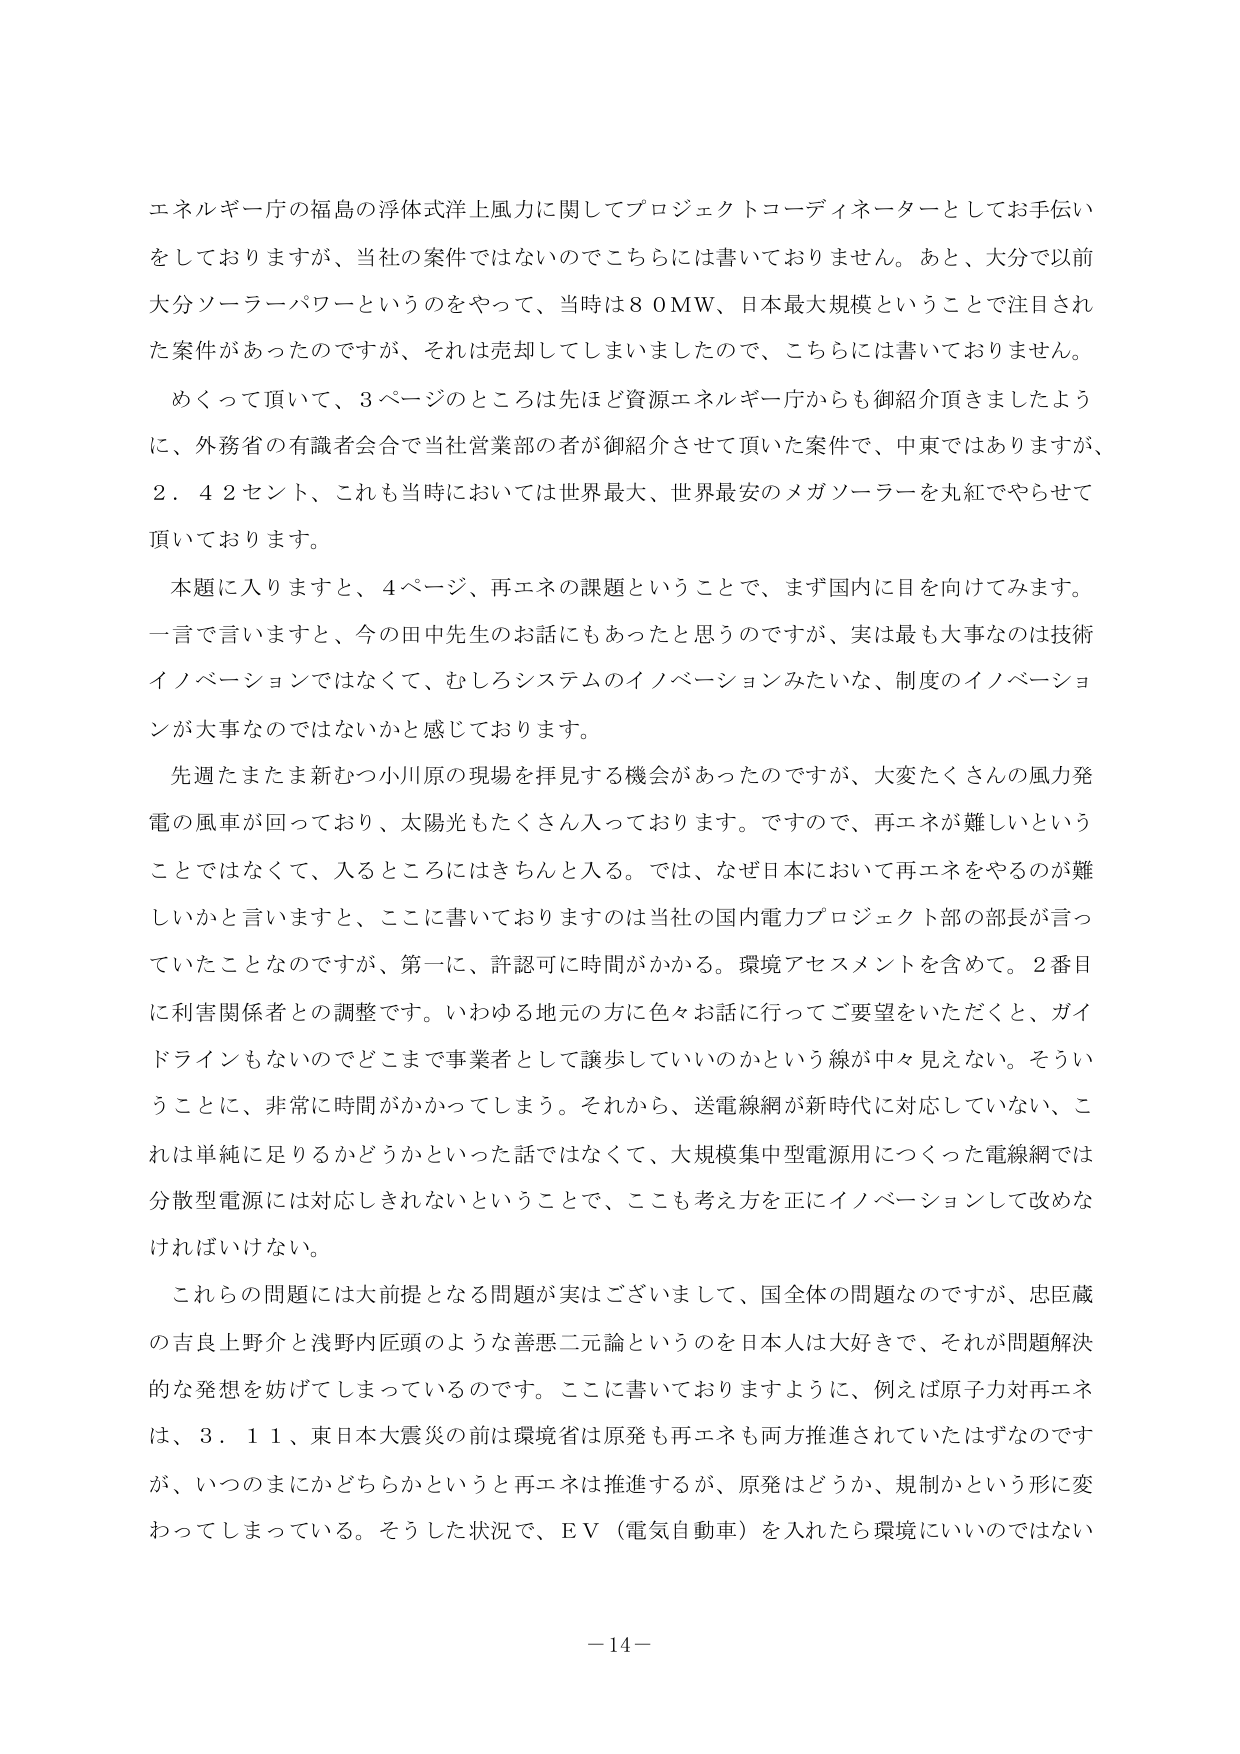
エネルギー庁の福島の浮体式洋上風力に関してプロジェクトコーディネーターとしてお手伝いをしておりますが、当社の案件ではないのでこちらには書いておりません。あと、大分で以前大分ソーラーパワーというのをやって、当時は８０ＭＷ、日本最大規模ということで注目された案件があったのですが、それは売却してしまいましたので、こちらには書いておりません。

めくって頂いて、３ページのところは先ほど資源エネルギー庁からも御紹介頂きましたように、外務省の有識者会合で当社営業部の者が御紹介させて頂いた案件で、中東ではありますが、２．４２セント、これも当時においては世界最大、世界最安のメガソーラーを丸紅でやらせて頂いております。

本題に入りますと、４ページ、再エネの課題ということで、まず国内に目を向けてみます。一言で言いますと、今の田中先生のお話にもあったと思うのですが、実は最も大事なのは技術イノベーションではなくて、むしろシステムのイノベーションみたいな、制度のイノベーションが大事なのではないかと感じております。

先週たまたま新むつ小川原の現場を拝見する機会があったのですが、大変たくさんの風力発電の風車が回っており、太陽光もたくさん入っております。ですので、再エネが難しいということではなくて、入るところにはきちんと入る。では、なぜ日本において再エネをやるのが難しいかと言いますと、ここに書いておりますのは当社の国内電力プロジェクト部の部長が言っていたことなのですが、第一に、許認可に時間がかかる。環境アセスメントを含めて。２番目に利害関係者との調整です。いわゆる地元の方に色々お話に行ってご要望をいただくと、ガイドラインもないのどこまで事業者として譲歩していいのかという線が中々見えない。そういうことに、非常に時間がかかってしまう。それから、送電線網が新時代に対応していない、これは単純に足りるかどうかといった話ではなくて、大規模集中型電源用につくった電線網では分散型電源には対応しきれないということで、ここも考え方を正にイノベーションして改めなければならない。

これらの問題には大前提となる問題が実はございまして、国全体の問題なのですが、忠臣蔵の吉良上野介と浅野内匠頭のような善悪二元論というのを日本人は大好きで、それが問題解決的な発想を妨げてしまっているのです。ここに書いておりますように、例えば原子力対再エネは、３．１１、東日本大震災の前は環境省は原発も再エネも両方推進されていたはずなのですが、いつのまにかどちらかというと再エネは推進するが、原発はどうか、規制かという形に変わってしまっている。そうした状況で、ＥＶ（電気自動車）を入れたら環境にいいのではない

－14－